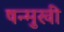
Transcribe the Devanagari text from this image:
षन्मुखी